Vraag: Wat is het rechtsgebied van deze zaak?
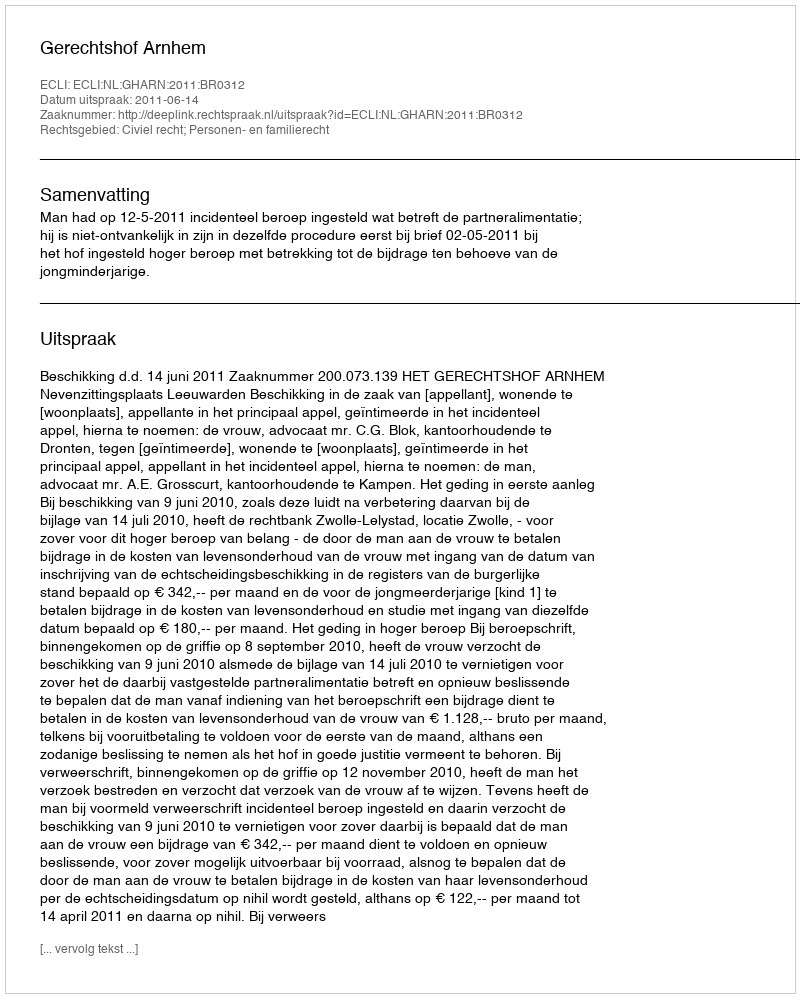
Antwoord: Civiel recht; Personen- en familierecht